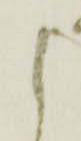
候